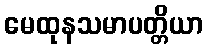
မေထုနသမာပတ္တိယာ